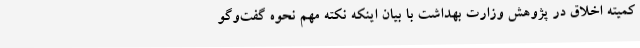
کمیته اخلاق در پژوهش وزارت بهداشت با بیان اینکه نکته مهم نحوه گفت‌وگو